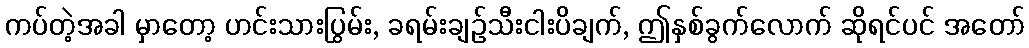
ကပ်တဲ့အခါ မှာတော့ ဟင်းသားပြွမ်း, ခရမ်းချဉ်သီးငါးပိချက်, ဤနှစ်ခွက်လောက် ဆိုရင်ပင် အတော်